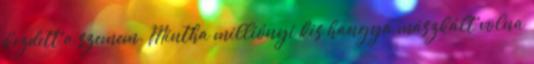
kezdett a szemem. Mintha milliónyi kis hangya mászkált volna